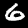
Label: 6